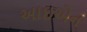
આઇએન